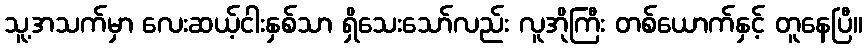
သူ့အသက်မှာ လေးဆယ့်ငါးနှစ်သာ ရှိသေးသော်လည်း လူအိုကြီး တစ်ယောက်နှင့် တူနေပြီ။